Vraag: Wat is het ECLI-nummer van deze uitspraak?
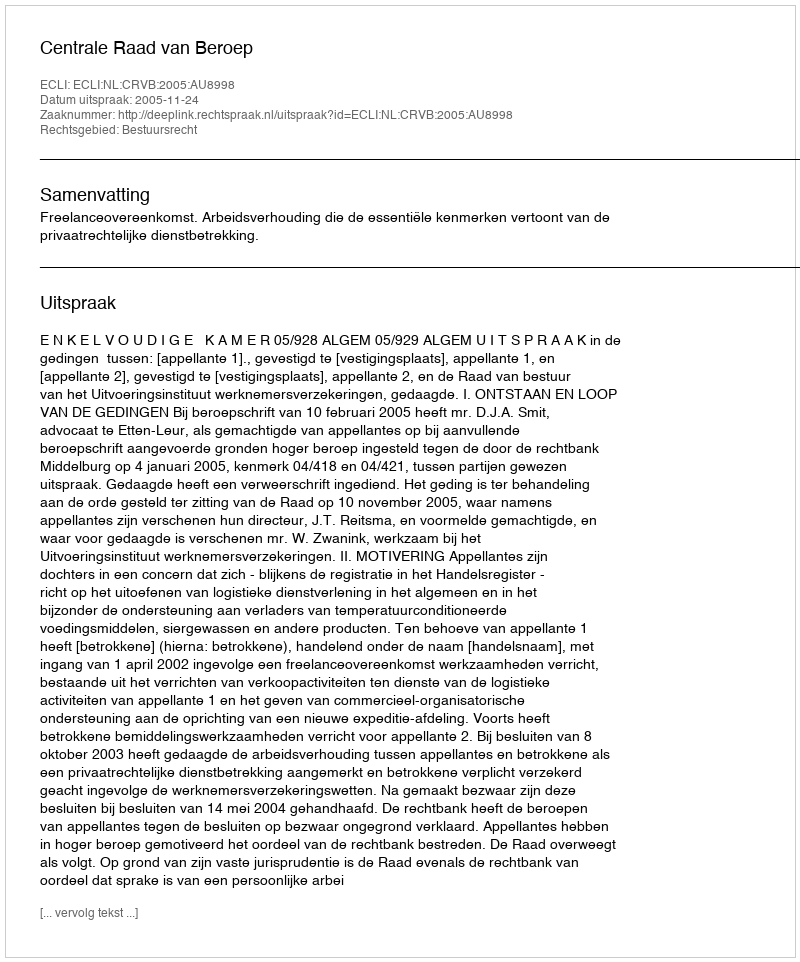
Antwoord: ECLI:NL:CRVB:2005:AU8998